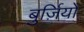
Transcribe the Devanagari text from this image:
बुर्ज़ियो